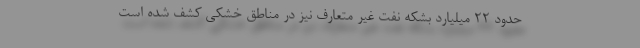
حدود ۲۲ میلیارد بشکه نفت غیر متعارف نیز در مناطق خشکی کشف شده است